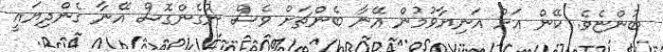
ބުންޏެވެ. ކޭން އަށް އަނިޔާވުމުން އޭނާ ބެންޗަށް ވެސް ނުގެންގޮސް އޭނާ ގެންދިޔައީ